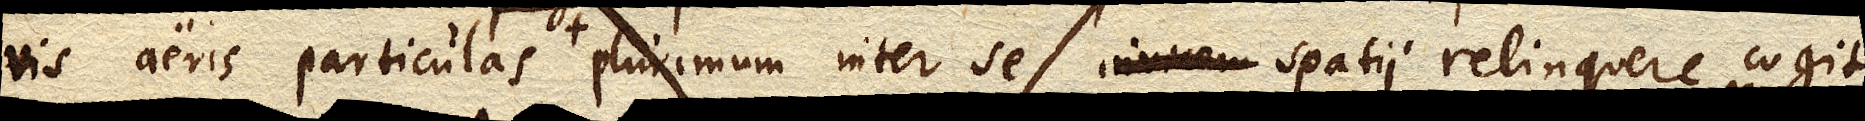
vis aeris particulas invicem separat ac plurimum inter se invicem spatii relinquere cogit;